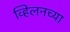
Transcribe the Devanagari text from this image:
व्हिलनच्या